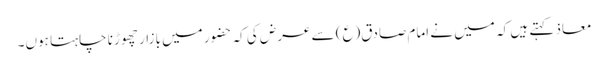
معاذ کہتے ہیں کہ میں نے امام صادق(ع) سے عرض کی کہ حضور میں بازار چھوڑنا چاہتا ہوں۔